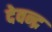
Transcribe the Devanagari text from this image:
देवन्द्र